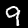
Digit: 9